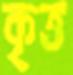
কৃত্ত